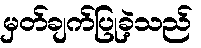
မှတ်ချက်ပြုခဲ့သည်